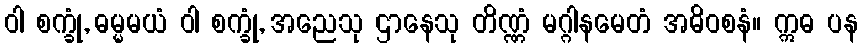
ဝါ စက္ခုံ, ဓမ္မမယံ ဝါ စက္ခုံ, အညေသု ဌာနေသု တိဏ္ဏံ မဂ္ဂါနမေတံ အဓိဝစနံ။ ဣဓ ပန